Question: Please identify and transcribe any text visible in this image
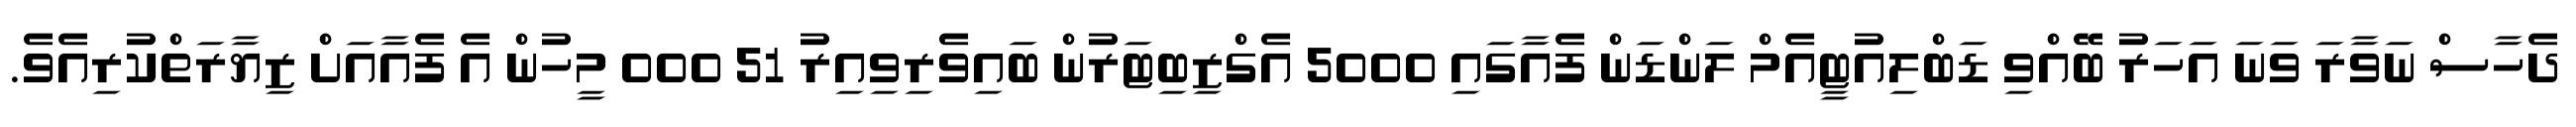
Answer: ދެހާސް ނަވާރަ ވަނަ އަހަރު ބޭއްވި ޑަބްލިއުޓީއެމް ލަންޑަން ފެއާގައި 5000 އެގްޒިބިޓަރުން ބައިވެރިވިއިރު 51 000 މީހުން އެ ފެއާއަށް ޒިޔާރަތްކުރިއެވެ.